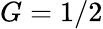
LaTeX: G=1/2